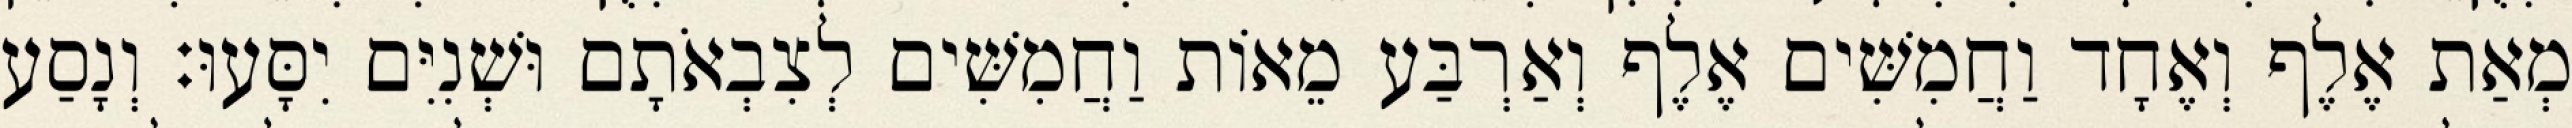
מְאַת אֶלֶף וְאֶחָד וַחֲמִשִּׁים אֶלֶף וְאַרְבַּע מֵאוֹת וַחֲמִשִּׁים לְצִבְאֹתָם וּשְׁנִיִּם יִסָּעוּ׃ וְנָסַע